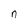
Character: n